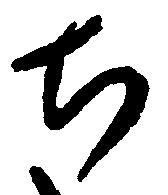
ち